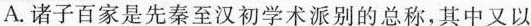
A.诸子百家是先秦至汉初学术派别的总称，其中又以